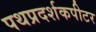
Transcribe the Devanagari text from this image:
पथप्रदर्शकपीटर